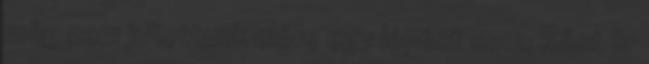
még nem jutottunk előre egy lépést sem. Röst úr